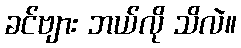
ခင်ဗျား ဘယ်လို သိလဲ။